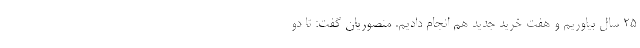
25 سال بیاوریم و هفت خرید جدید هم انجام دادیم. منصوریان گفت: تا دو